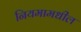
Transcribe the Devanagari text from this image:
नियमामधील